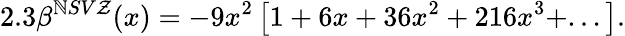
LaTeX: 2.3\beta^{\mathbb{N}SV\mathcal{Z}}(x)=-9x^{2}\left[1+6x+36x^{2}+216x^{3}+...\right].